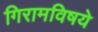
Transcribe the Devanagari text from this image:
गिरामविषये